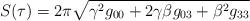
LaTeX: \begin{align*}S(\tau)=2\pi \sqrt{\gamma^2 g_{00} + 2\gamma\beta g_{03} + \beta^2 g_{33}}\end{align*}